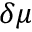
\delta \mu